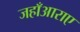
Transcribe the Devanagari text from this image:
जहाँआराए